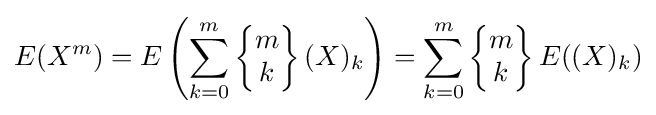
E(X^{m})=E\left(\sum _{k=0}^{m}\left\{{\begin{matrix}m\\k\end{matrix}}\right\}(X)_{k}\right)=\sum _{k=0}^{m}\left\{{\begin{matrix}m\\k\end{matrix}}\right\}E((X)_{k})